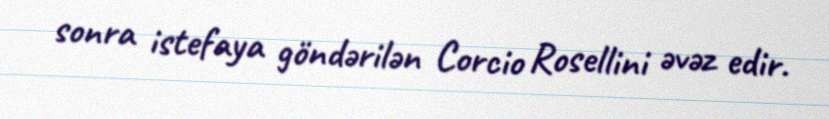
sonra istefaya göndərilən Corcio Rosellini əvəz edir.